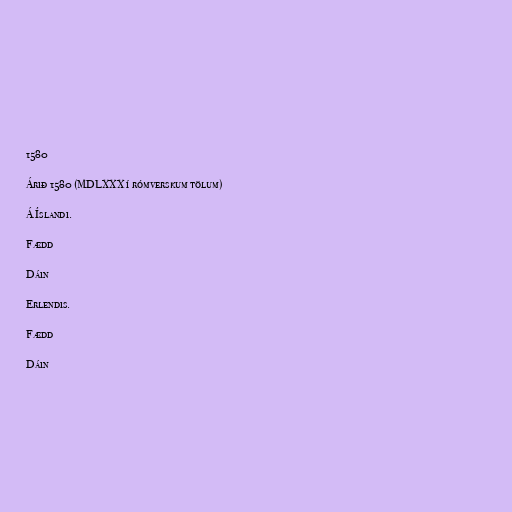
1580

Árið 1580 (MDLXXX í rómverskum tölum)

Á Íslandi.

Fædd

Dáin

Erlendis.

Fædd

Dáin